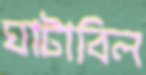
ঘাটাবিল